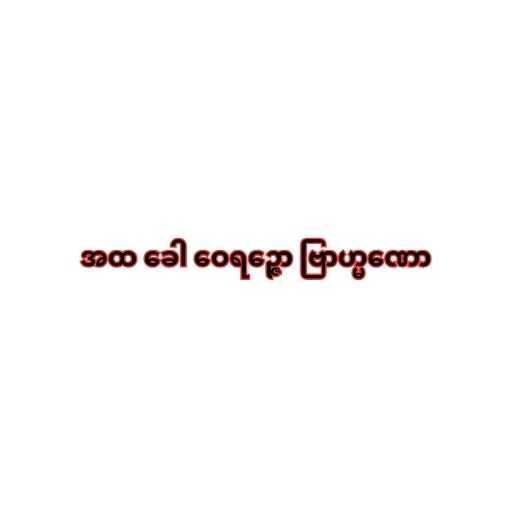
အထ ခေါ ဝေရဉ္ဇော ဗြာဟ္မဏော